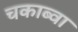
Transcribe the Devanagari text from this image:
चकाब्वा